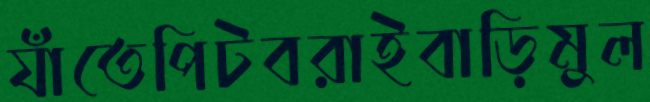
যাঁতেপিটবরাইবাড়িমুল